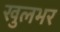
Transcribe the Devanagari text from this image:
खुलभर